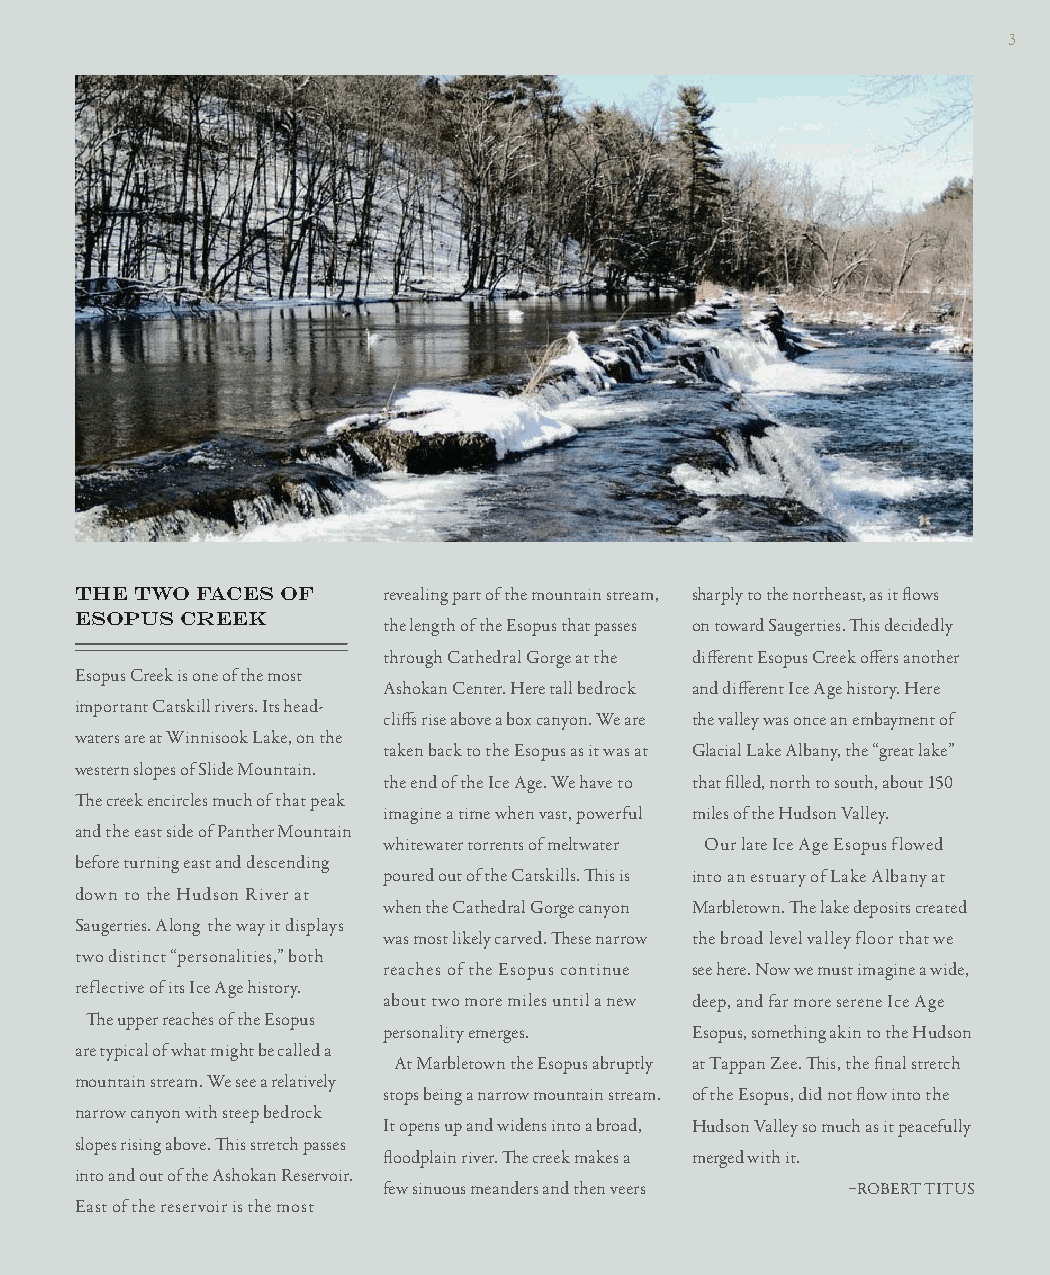
3
 THE TWO FACES OF    revealing part of the mountain stream, sharply to the northeast, as it fl ows
 ESOPUS CREEK
 the length of the Esopus that passes on toward Saugerties. Th is decidedly
 through Cathedral Gorge at the diff erent Esopus Creek off ers another
 Esopus Creek is one of the most
 Ashokan Center. Here tall bedrock and diff erent Ice Age history. Here
 important Catskill rivers. Its head-
 cliff s rise above a box canyon. We are the valley was once an embayment of
 waters are at Winnisook Lake, on the
 taken back to the Esopus as it was at Glacial Lake Albany, the “great lake”
 western slopes of Slide Mountain.
 the end of the Ice Age. We have to that fi lled, north to south, about 150
 Th e creek encircles much of that peak
 imagine a time when vast, powerful miles of the Hudson Valley.
 and the east side of Panther Mountain
 whitewater torrents of meltwater Our late Ice Age Esopus flowed
 before turning east and descending
 poured out of the Catskills. Th is is into an estuary of Lake Albany at
 down to the Hudson River at
 when the Cathedral Gorge canyon Marbletown. Th e lake deposits created
 Saugerties. Along the way it displays
 was most likely carved. Th ese narrow the broad level valley floor that we
 two distinct “personalities,” both
 reaches of the Esopus continue see here. Now we must imagine a wide,
 reflective of its Ice Age history.
 about two more miles until a new deep, and far more serene Ice Age
 Th e upper reaches of the Esopus
 personality emerges. Esopus, something akin to the Hudson
 are typical of what might be called a
 At Marbletown the Esopus abruptly at Tappan Zee. Th is, the fi nal stretch
 mountain stream. We see a relatively
 stops being a narrow mountain stream. of the Esopus, did not fl ow into the
 narrow canyon with steep bedrock
 It opens up and widens into a broad, Hudson Valley so much as it peacefully
 slopes rising above. Th is stretch passes
 fl oodplain river. Th e creek makes a merged with it.
 into and out of the Ashokan Reservoir.
 few sinuous meanders and then veers –ROBERT TITUS
 East of the reservoir is the most